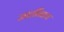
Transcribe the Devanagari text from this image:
जातींनाच